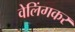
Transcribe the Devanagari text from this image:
वेलिंगकर